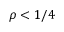
\rho < 1 / 4